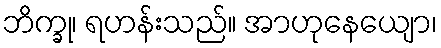
ဘိက္ခု၊ ရဟန်းသည်။ အာဟုနေယျော၊